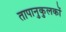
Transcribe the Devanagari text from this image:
तापानुकुलकों